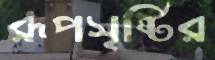
রূপসৃষ্টির